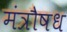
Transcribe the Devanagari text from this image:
मंत्रौषध